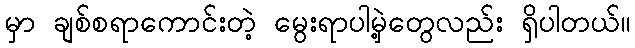
မှာ ချစ်စရာကောင်းတဲ့ မွေးရာပါမှဲ့တွေလည်း ရှိပါတယ်။